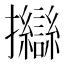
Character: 𢺈